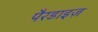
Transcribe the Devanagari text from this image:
पैरडाइज़